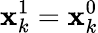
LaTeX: \mathbf{x}_{k}^{1}=\mathbf{x}_{k}^{0}